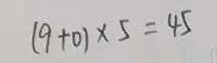
( 9 + 0 ) \times 5 = 4 5